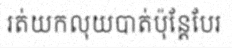
រត់យកលុយបាត់ប៉ុន្តែបែរ